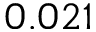
0 . 0 2 1